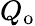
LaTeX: Q_{\mathrm{o}}